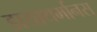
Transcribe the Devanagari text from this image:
डायाथर्मानस